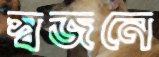
স্বজনে